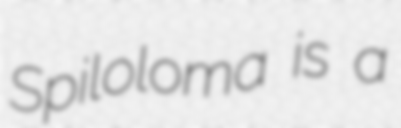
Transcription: Spiloloma is a